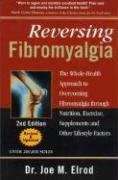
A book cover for Reversing Fibromyalgia: The Whole-Health Approach to Overcoming Fibromyalgia Through Nutrition, Exercise, Supplements and Other Lifestyle Factors; Dr. Joe M. Elrod; Health, Fitness & Dieting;